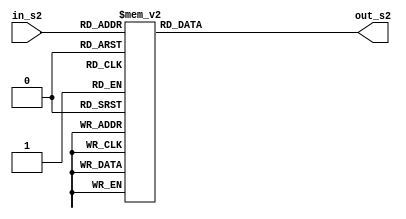
module s_box_02(in_s2,out_s2);

input [7:0] in_s2;
output reg [31:0] out_s2;

always@(*)
begin
	
	case(in_s2)
	
8'h00 : out_s2 = 32'h4b7a70e9  ;
8'h01 : out_s2 = 32'hb5b32944  ;
8'h02 : out_s2 = 32'hdb75092e  ;
8'h03 : out_s2 = 32'hc4192623  ;
8'h04 : out_s2 = 32'had6ea6b0  ;
8'h05 : out_s2 = 32'h49a7df7d  ;
8'h06 : out_s2 = 32'h9cee60b8  ;
8'h07 : out_s2 = 32'h8fedb266  ;
8'h08 : out_s2 = 32'hecaa8c71  ;
8'h09 : out_s2 = 32'h699a17ff  ;
8'h0A : out_s2 = 32'h5664526c  ;
8'h0B : out_s2 = 32'hc2b19ee1  ;
8'h0C : out_s2 = 32'h193602a5  ;
8'h0D : out_s2 = 32'h75094c29  ;
8'h0E : out_s2 = 32'ha0591340  ;
8'h0F : out_s2 = 32'he4183a3e  ;
8'h10 : out_s2 = 32'h3f54989a  ;
8'h11 : out_s2 = 32'h5b429d65  ;
8'h12 : out_s2 = 32'h6b8fe4d6  ;
8'h13 : out_s2 = 32'h99f73fd6  ;
8'h14 : out_s2 = 32'ha1d29c07  ;
8'h15 : out_s2 = 32'hefe830f5  ;
8'h16 : out_s2 = 32'h4d2d38e6  ;
8'h17 : out_s2 = 32'hf0255dc1  ;
8'h18 : out_s2 = 32'h4cdd2086  ;
8'h19 : out_s2 = 32'h8470eb26  ;
8'h1A : out_s2 = 32'h6382e9c6  ;
8'h1B : out_s2 = 32'h021ecc5e  ;
8'h1C : out_s2 = 32'h09686b3f  ;
8'h1D : out_s2 = 32'h3ebaefc9  ;
8'h1E : out_s2 = 32'h3c971814  ;
8'h1F : out_s2 = 32'h6b6a70a1  ;
8'h20 : out_s2 = 32'h687f3584  ;
8'h21 : out_s2 = 32'h52a0e286  ;
8'h22 : out_s2 = 32'hb79c5305  ;
8'h23 : out_s2 = 32'haa500737  ;
8'h24 : out_s2 = 32'h3e07841c  ;
8'h25 : out_s2 = 32'h7fdeae5c  ;
8'h26 : out_s2 = 32'h8e7d44ec  ;
8'h27 : out_s2 = 32'h5716f2b8  ;
8'h28 : out_s2 = 32'hb03ada37  ;
8'h29 : out_s2 = 32'hf0500c0d  ;
8'h2A : out_s2 = 32'hf01c1f04  ;
8'h2B : out_s2 = 32'h0200b3ff  ;
8'h2C : out_s2 = 32'hae0cf51a  ;
8'h2D : out_s2 = 32'h3cb574b2  ;
8'h2E : out_s2 = 32'h25837a58  ;
8'h2F : out_s2 = 32'hdc0921bd  ;
8'h30 : out_s2 = 32'hd19113f9  ;
8'h31 : out_s2 = 32'h7ca92ff6  ;
8'h32 : out_s2 = 32'h94324773  ;
8'h33 : out_s2 = 32'h22f54701  ;
8'h34 : out_s2 = 32'h3ae5e581  ;
8'h35 : out_s2 = 32'h37c2dadc  ;
8'h36 : out_s2 = 32'hc8b57634  ;
8'h37 : out_s2 = 32'h9af3dda7  ;
8'h38 : out_s2 = 32'ha9446146  ;
8'h39 : out_s2 = 32'h0fd0030e  ;
8'h3A : out_s2 = 32'hecc8c73e  ;
8'h3B : out_s2 = 32'ha4751e41  ;
8'h3C : out_s2 = 32'he238cd99  ;
8'h3D : out_s2 = 32'h3bea0e2f  ;
8'h3E : out_s2 = 32'h3280bba1  ;
8'h3F : out_s2 = 32'h183eb331  ;
8'h40 : out_s2 = 32'h4e548b38  ;
8'h41 : out_s2 = 32'h4f6db908  ;
8'h42 : out_s2 = 32'h6f420d03  ;
8'h43 : out_s2 = 32'hf60a04bf  ;
8'h44 : out_s2 = 32'h2cb81290  ;
8'h45 : out_s2 = 32'h24977c79  ;
8'h46 : out_s2 = 32'h5679b072  ;
8'h47 : out_s2 = 32'hbcaf89af  ;
8'h48 : out_s2 = 32'hde9a771f  ;
8'h49 : out_s2 = 32'hd9930810  ;
8'h4A : out_s2 = 32'hb38bae12  ;
8'h4B : out_s2 = 32'hdccf3f2e  ;
8'h4C : out_s2 = 32'h5512721f  ;
8'h4D : out_s2 = 32'h2e6b7124  ;
8'h4E : out_s2 = 32'h501adde6  ;
8'h4F : out_s2 = 32'h9f84cd87  ;
8'h50 : out_s2 = 32'h7a584718  ;
8'h51 : out_s2 = 32'h7408da17  ;
8'h52 : out_s2 = 32'hbc9f9abc  ;
8'h53 : out_s2 = 32'he94b7d8c  ;
8'h54 : out_s2 = 32'hec7aec3a  ;
8'h55 : out_s2 = 32'hdb851dfa  ;
8'h56 : out_s2 = 32'h63094366  ;
8'h57 : out_s2 = 32'hc464c3d2  ;
8'h58 : out_s2 = 32'hef1c1847  ;
8'h59 : out_s2 = 32'h3215d908  ;
8'h5A : out_s2 = 32'hdd433b37  ;
8'h5B : out_s2 = 32'h24c2ba16  ;
8'h5C : out_s2 = 32'h12a14d43  ;
8'h5D : out_s2 = 32'h2a65c451  ;
8'h5E : out_s2 = 32'h50940002  ;
8'h5F : out_s2 = 32'h133ae4dd  ;
8'h60 : out_s2 = 32'h71dff89e  ;
8'h61 : out_s2 = 32'h10314e55  ;
8'h62 : out_s2 = 32'h81ac77d6  ;
8'h63 : out_s2 = 32'h5f11199b  ;
8'h64 : out_s2 = 32'h043556f1  ;
8'h65 : out_s2 = 32'hd7a3c76b  ;
8'h66 : out_s2 = 32'h3c11183b  ;
8'h67 : out_s2 = 32'h5924a509  ;
8'h68 : out_s2 = 32'hf28fe6ed  ;
8'h69 : out_s2 = 32'h97f1fbfa  ;
8'h6A : out_s2 = 32'h9ebabf2c  ;
8'h6B : out_s2 = 32'h1e153c6e  ;
8'h6C : out_s2 = 32'h86e34570  ;
8'h6D : out_s2 = 32'heae96fb1  ;
8'h6E : out_s2 = 32'h860e5e0a  ;
8'h6F : out_s2 = 32'h5a3e2ab3  ;
8'h70 : out_s2 = 32'h771fe71c  ;
8'h71 : out_s2 = 32'h4e3d06fa  ;
8'h72 : out_s2 = 32'h2965dcb9  ;
8'h73 : out_s2 = 32'h99e71d0f  ;
8'h74 : out_s2 = 32'h803e89d6  ;
8'h75 : out_s2 = 32'h5266c825  ;
8'h76 : out_s2 = 32'h2e4cc978  ;
8'h77 : out_s2 = 32'h9c10b36a  ;
8'h78 : out_s2 = 32'hc6150eba  ;
8'h79 : out_s2 = 32'h94e2ea78  ;
8'h7A : out_s2 = 32'ha5fc3c53  ;
8'h7B : out_s2 = 32'h1e0a2df4  ;
8'h7C : out_s2 = 32'hf2f74ea7  ;
8'h7D : out_s2 = 32'h361d2b3d  ;
8'h7E : out_s2 = 32'h1939260f  ;
8'h7F : out_s2 = 32'h19c27960  ;
8'h80 : out_s2 = 32'h5223a708  ;
8'h81 : out_s2 = 32'hf71312b6  ;
8'h82 : out_s2 = 32'hebadfe6e  ;
8'h83 : out_s2 = 32'heac31f66  ;
8'h84 : out_s2 = 32'he3bc4595  ;
8'h85 : out_s2 = 32'ha67bc883  ;
8'h86 : out_s2 = 32'hb17f37d1  ;
8'h87 : out_s2 = 32'h018cff28  ;
8'h88 : out_s2 = 32'hc332ddef  ;
8'h89 : out_s2 = 32'hbe6c5aa5  ;
8'h8A : out_s2 = 32'h65582185  ;
8'h8B : out_s2 = 32'h68ab9802  ;
8'h8C : out_s2 = 32'heecea50f  ;
8'h8D : out_s2 = 32'hdb2f953b  ;
8'h8E : out_s2 = 32'h2aef7dad  ;
8'h8F : out_s2 = 32'h5b6e2f84  ;
8'h90 : out_s2 = 32'h1521b628  ;
8'h91 : out_s2 = 32'h29076170  ;
8'h92 : out_s2 = 32'hecdd4775  ;
8'h93 : out_s2 = 32'h619f1510  ;
8'h94 : out_s2 = 32'h13cca830  ;
8'h95 : out_s2 = 32'heb61bd96  ;
8'h96 : out_s2 = 32'h0334fe1e  ;
8'h97 : out_s2 = 32'haa0363cf  ;
8'h98 : out_s2 = 32'hb5735c90  ;
8'h99 : out_s2 = 32'h4c70a239  ;
8'h9A : out_s2 = 32'hd59e9e0b  ;
8'h9B : out_s2 = 32'hcbaade14  ;
8'h9C : out_s2 = 32'heecc86bc  ;
8'h9D : out_s2 = 32'h60622ca7  ;
8'h9E : out_s2 = 32'h9cab5cab  ;
8'h9F : out_s2 = 32'hb2f3846e  ;
8'hA0 : out_s2 = 32'h648b1eaf  ;
8'hA1 : out_s2 = 32'h19bdf0ca  ;
8'hA2 : out_s2 = 32'ha02369b9  ;
8'hA3 : out_s2 = 32'h655abb50  ;
8'hA4 : out_s2 = 32'h40685a32  ;
8'hA5 : out_s2 = 32'h3c2ab4b3  ;
8'hA6 : out_s2 = 32'h319ee9d5  ;
8'hA7 : out_s2 = 32'hc021b8f7  ;
8'hA8 : out_s2 = 32'h9b540b19  ;
8'hA9 : out_s2 = 32'h875fa099  ;
8'hAA : out_s2 = 32'h95f7997e  ;
8'hAB : out_s2 = 32'h623d7da8  ;
8'hAC : out_s2 = 32'hf837889a  ;
8'hAD : out_s2 = 32'h97e32d77  ;
8'hAE : out_s2 = 32'h11ed935f  ;
8'hAF : out_s2 = 32'h16681281  ;
8'hB0 : out_s2 = 32'h0e358829  ;
8'hB1 : out_s2 = 32'hc7e61fd6  ;
8'hB2 : out_s2 = 32'h96dedfa1  ;
8'hB3 : out_s2 = 32'h7858ba99  ;
8'hB4 : out_s2 = 32'h57f584a5  ;
8'hB5 : out_s2 = 32'h1b227263  ;
8'hB6 : out_s2 = 32'h9b83c3ff  ;
8'hB7 : out_s2 = 32'h1ac24696  ;
8'hB8 : out_s2 = 32'hcdb30aeb  ;
8'hB9 : out_s2 = 32'h532e3054  ;
8'hBA : out_s2 = 32'h8fd948e4  ;
8'hBB : out_s2 = 32'h6dbc3128  ;
8'hBC : out_s2 = 32'h58ebf2ef  ;
8'hBD : out_s2 = 32'h34c6ffea  ;
8'hBE : out_s2 = 32'hfe28ed61  ;
8'hBF : out_s2 = 32'hee7c3c73  ;
8'hC0 : out_s2 = 32'h5d4a14d9  ;
8'hC1 : out_s2 = 32'he864b7e3  ;
8'hC2 : out_s2 = 32'h42105d14  ;
8'hC3 : out_s2 = 32'h203e13e0  ;
8'hC4 : out_s2 = 32'h45eee2b6  ;
8'hC5 : out_s2 = 32'ha3aaabea  ;
8'hC6 : out_s2 = 32'hdb6c4f15  ;
8'hC7 : out_s2 = 32'hfacb4fd0  ;
8'hC8 : out_s2 = 32'hc742f442  ;
8'hC9 : out_s2 = 32'hef6abbb5  ;
8'hCA : out_s2 = 32'h654f3b1d  ;
8'hCB : out_s2 = 32'h41cd2105  ;
8'hCC : out_s2 = 32'hd81e799e  ;
8'hCD : out_s2 = 32'h86854dc7  ;
8'hCE : out_s2 = 32'he44b476a  ;
8'hCF : out_s2 = 32'h3d816250  ;
8'hD0 : out_s2 = 32'hcf62a1f2  ;
8'hD1 : out_s2 = 32'h5b8d2646  ;
8'hD2 : out_s2 = 32'hfc8883a0  ;
8'hD3 : out_s2 = 32'hc1c7b6a3  ;
8'hD4 : out_s2 = 32'h7f1524c3  ;
8'hD5 : out_s2 = 32'h69cb7492  ;
8'hD6 : out_s2 = 32'h47848a0b  ;
8'hD7 : out_s2 = 32'h5692b285  ;
8'hD8 : out_s2 = 32'h095bbf00  ;
8'hD9 : out_s2 = 32'had19489d  ;
8'hDA : out_s2 = 32'h1462b174  ;
8'hDB : out_s2 = 32'h23820e00  ;
8'hDC : out_s2 = 32'h58428d2a  ;
8'hDD : out_s2 = 32'h0c55f5ea  ;
8'hDE : out_s2 = 32'h1dadf43e  ;
8'hDF : out_s2 = 32'h233f7061  ;
8'hE0 : out_s2 = 32'h3372f092  ;
8'hE1 : out_s2 = 32'h8d937e41  ;
8'hE2 : out_s2 = 32'hd65fecf1  ;
8'hE3 : out_s2 = 32'h6c223bdb  ;
8'hE4 : out_s2 = 32'h7cde3759  ;
8'hE5 : out_s2 = 32'hcbee7460  ;
8'hE6 : out_s2 = 32'h4085f2a7  ;
8'hE7 : out_s2 = 32'hce77326e  ;
8'hE8 : out_s2 = 32'ha6078084  ;
8'hE9 : out_s2 = 32'h19f8509e  ;
8'hEA : out_s2 = 32'he8efd855  ;
8'hEB : out_s2 = 32'h61d99735  ;
8'hEC : out_s2 = 32'ha969a7aa  ;
8'hED : out_s2 = 32'hc50c06c2  ;
8'hEE : out_s2 = 32'h5a04abfc  ;
8'hEF : out_s2 = 32'h800bcadc  ;
8'hF0 : out_s2 = 32'h9e447a2e  ;
8'hF1 : out_s2 = 32'hc3453484  ;
8'hF2 : out_s2 = 32'hfdd56705  ;
8'hF3 : out_s2 = 32'h0e1e9ec9  ;
8'hF4 : out_s2 = 32'hdb73dbd3  ;
8'hF5 : out_s2 = 32'h105588cd  ;
8'hF6 : out_s2 = 32'h675fda79  ;
8'hF7 : out_s2 = 32'he3674340  ;
8'hF8 : out_s2 = 32'hc5c43465  ;
8'hF9 : out_s2 = 32'h713e38d8  ;
8'hFA : out_s2 = 32'h3d28f89e  ;
8'hFB : out_s2 = 32'hf16dff20  ;
8'hFC : out_s2 = 32'h153e21e7  ;
8'hFD : out_s2 = 32'h8fb03d4a  ;
8'hFE : out_s2 = 32'he6e39f2b  ;
8'hFF : out_s2 = 32'hdb83adf7  ;

endcase
end
endmodule